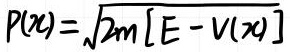
\[ P(x)=\sqrt{2m [ E - V(x) ]} \]